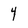
Character: 4